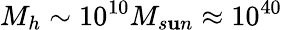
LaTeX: M_{h}\sim10^{10}M_{s\mathbf{u}n}\approx10^{40}